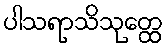
ပါသရာသိသုတ္ထေ